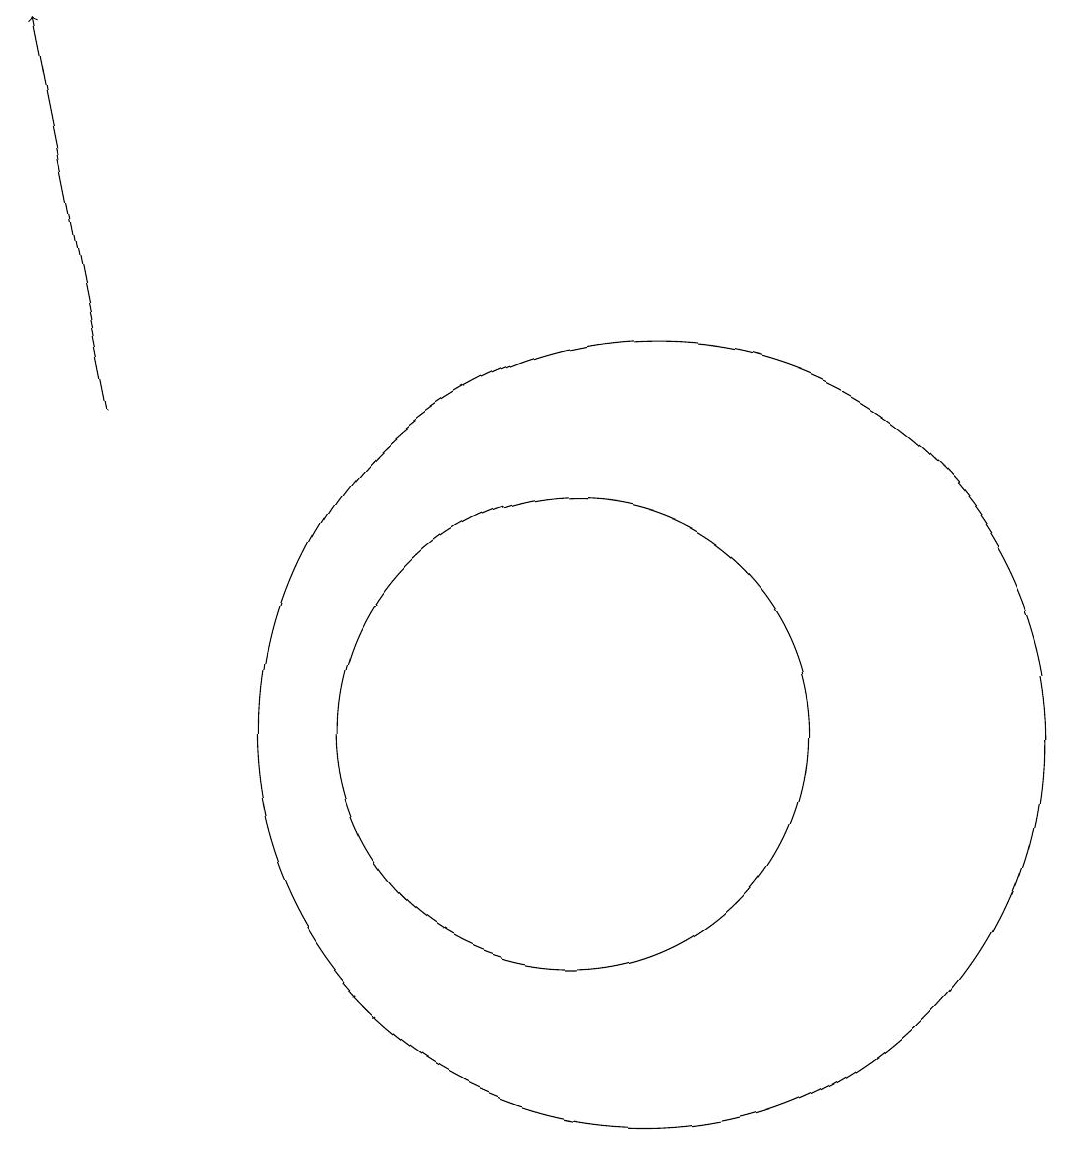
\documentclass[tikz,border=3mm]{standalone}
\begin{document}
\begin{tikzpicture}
\draw[->] (4,14) -- (3,19);
\draw (11,10) circle (5);
\draw (10,10) circle (3);
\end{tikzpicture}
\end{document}